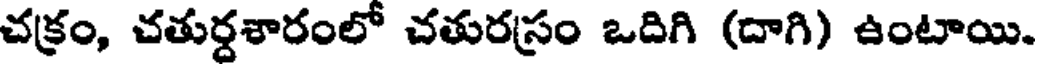
చక్రం, చతుర్దశారంలో చతురస్రం ఒదిగి (దాగి) ఉంటాయి.